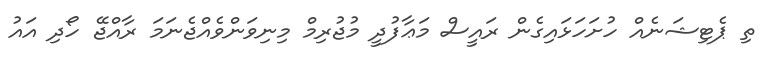
ތި ޕެޓިޝަނެއް ހުށަހަޅައިގެން ރައީސް މަޢާފުދީ މުޖުރިމް މިނިވަންވެއްޖެނަމަ ރާއްޖޭ ހޯދި އައު